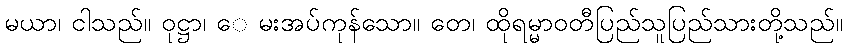
မယာ၊ ငါသည်။ ဝုဋ္ဌာ၊ ေ မးအပ်ကုန်သော။ တေ၊ ထိုရမ္မာဝတီပြည်သူပြည်သားတို့သည်။